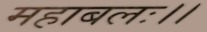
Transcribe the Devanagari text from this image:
महाबलः।।